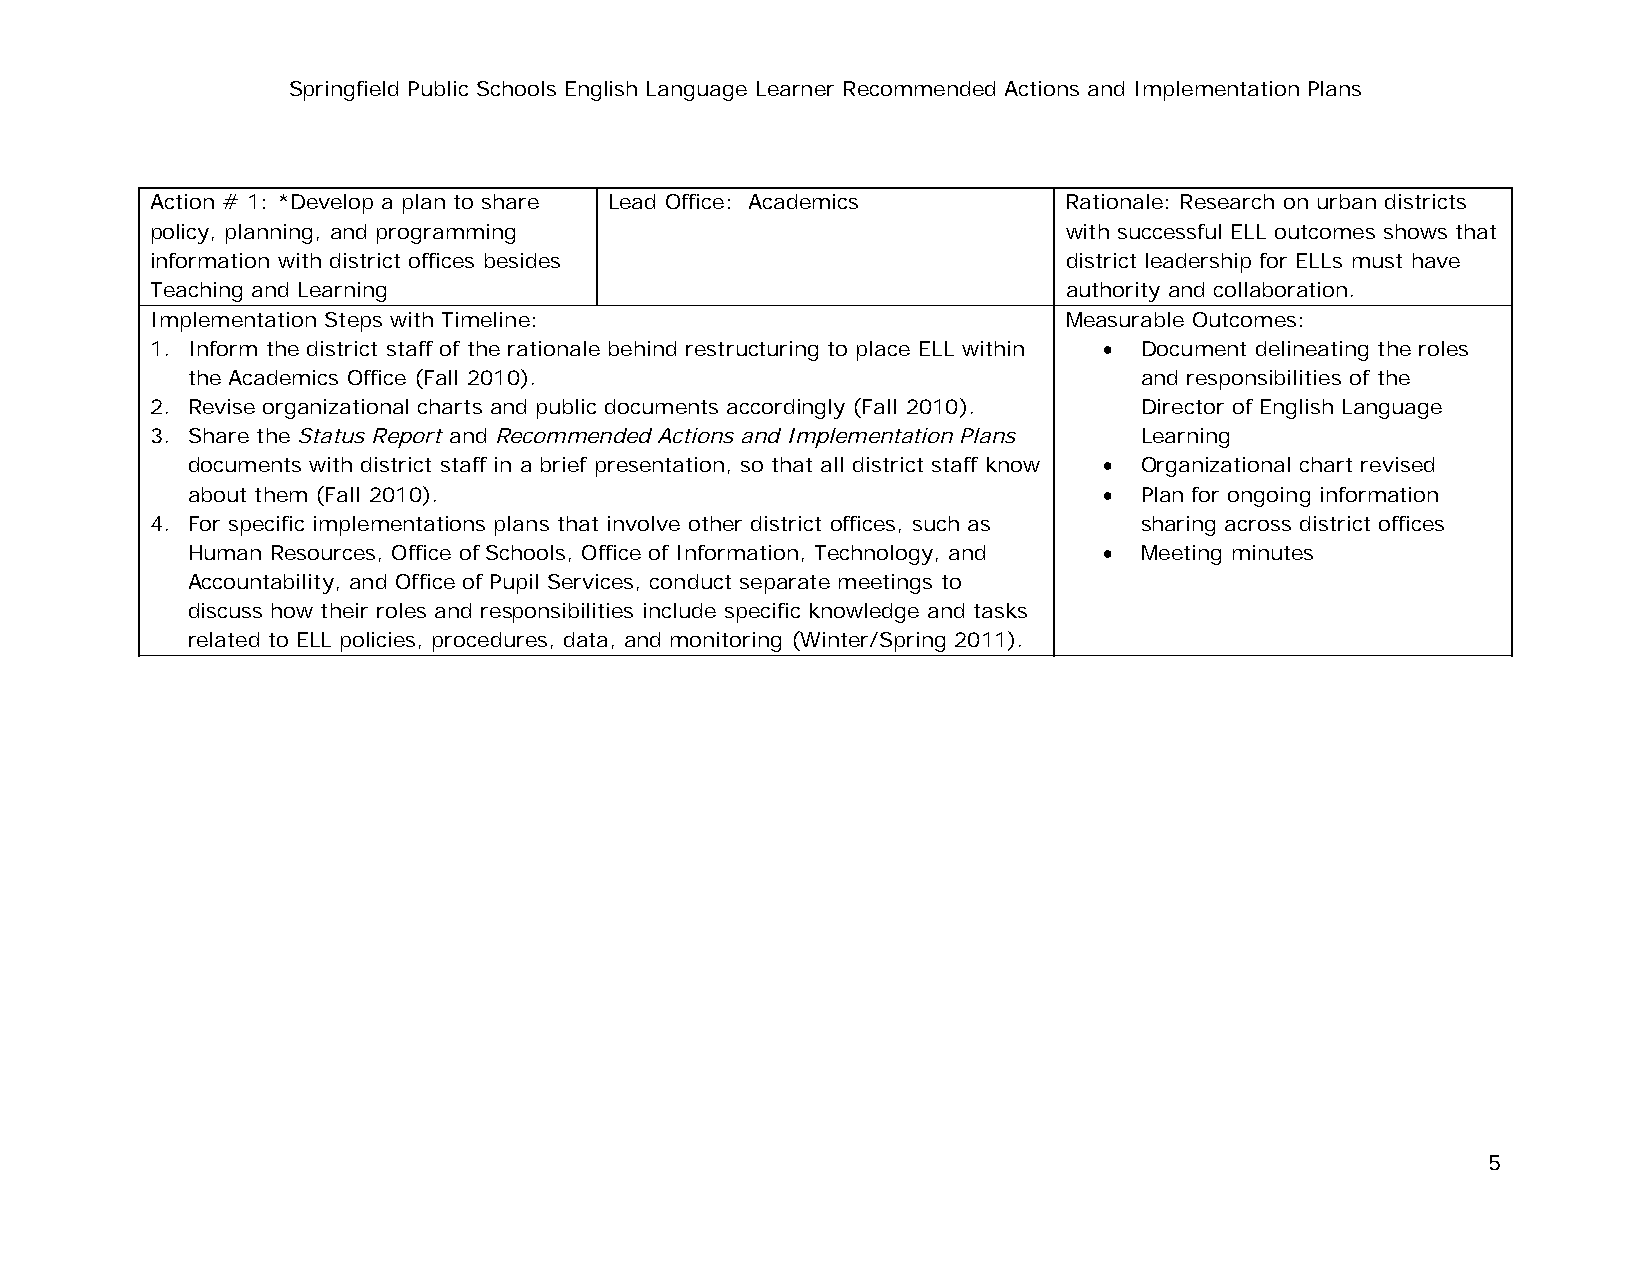
Springfield Public Schools English Language Learner Recommended Actions and Implementation Plans
 Action # 1: *Develop a plan to share Lead Office: Academics  Rationale: Research on urban districts
 policy, planning, and programming                            with successful ELL outcomes shows that
 information with district offices besides                    district leadership for ELLs must have
 Teaching and Learning                                        authority and collaboration.
 Implementation Steps with Timeline:                          Measurable Outcomes:
 1. Inform the district staff of the rationale behind restructuring to place ELL within • Document delineating the roles
 the Academics Office (Fall 2010).                              and responsibilities of the
 2. Revise organizational charts and public documents accordingly (Fall 2010). Director of English Language
 3. Share the Status Report and Recommended Actions and Implementation Plans Learning
 documents with district staff in a brief presentation, so that all district staff know • Organizational chart revised
 about them (Fall 2010).                                      • Plan for ongoing information
 4. For specific implementations plans that involve other district offices, such as sharing across district offices
 Human Resources, Office of Schools, Office of Information, Technology, and • Meeting minutes
 Accountability, and Office of Pupil Services, conduct separate meetings to
 discuss how their roles and responsibilities include specific knowledge and tasks
 related to ELL policies, procedures, data, and monitoring (Winter/Spring 2011).
 5